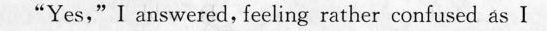
"Yes," I arswered, fecling rather miuscd as I